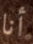
أنا